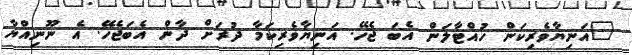
"އަނިޔާވެރިކަން ހުއްޓާލަން އެބަ ޖެހޭ. އަނިޔާވެރިކަމާ ދުރަށް ދާން އެބަޖެހޭ. އެ ނޫނިއްޔާ